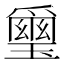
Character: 𱯭